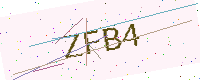
Text: ZFB4